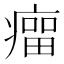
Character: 𰣾